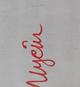
Signature authenticity: genuine